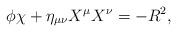
LaTeX: \begin{align*}\phi\chi+\eta_{\mu\nu}X^\mu X^\nu=-R^2,\end{align*}